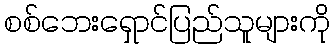
စစ်ဘေးရှောင်ပြည်သူများကို